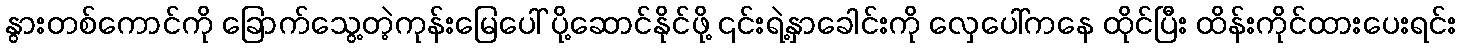
နွားတစ်ကောင်ကို ခြောက်သွေ့တဲ့ကုန်းမြေပေါ် ပို့ဆောင်နိုင်ဖို့ ၎င်းရဲ့နှာခေါင်းကို လှေပေါ်ကနေ ထိုင်ပြီး ထိန်းကိုင်ထားပေးရင်း